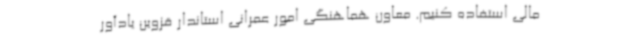
مالی استفاده کنیم. معاون هماهنگی امور عمرانی استاندار قزوین یادآور